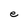
Character: e